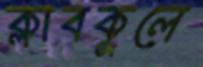
ক্লাবকূলে